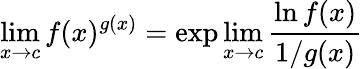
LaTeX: \operatorname*{lim}_{x\to c}f(x)^{g(x)}=\exp\operatorname*{lim}_{x\to c}{\frac{\ln f(x)}{1/g(x)}}